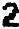
2